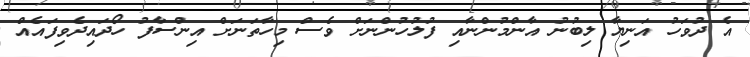
އެ ދުވަހު އަނިޔާ ލިބުނު އާންމުންނާއި ފުލުހުންނަށް ވެސް މިހާތަނަށް އިންސާފު ހޯދައިދެވިފައެއް